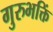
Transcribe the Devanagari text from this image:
गुरुभक्तिं